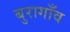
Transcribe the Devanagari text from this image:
बुरागाँव